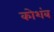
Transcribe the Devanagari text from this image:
कोशंब